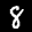
Label: 8